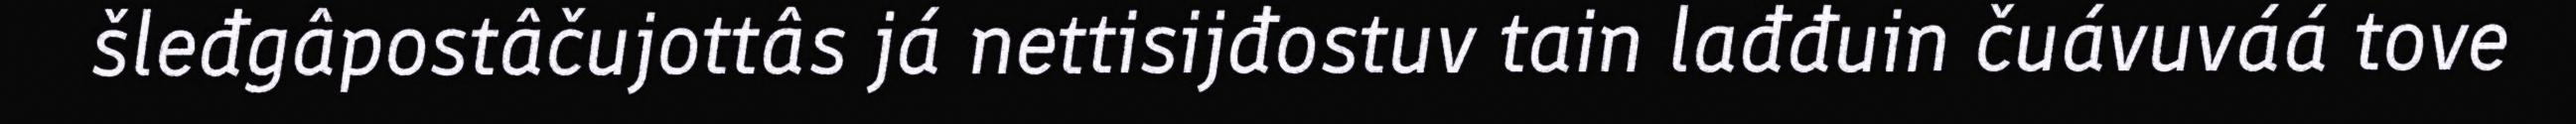
šleđgâpostâčujottâs já nettisijđostuv tain lađđuin čuávuváá tove